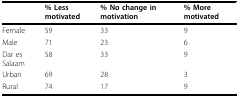
<table><thead><tr><td></td><td><b>% Less motivated</b></td><td><b>% No change in motivation</b></td><td><b>% More motivated</b></td></tr></thead><tbody><tr><td>Female</td><td>59</td><td>33</td><td>9</td></tr><tr><td>Male</td><td>71</td><td>23</td><td>6</td></tr><tr><td>Dar es Salaam</td><td>58</td><td>33</td><td>9</td></tr><tr><td>Urban</td><td>69</td><td>28</td><td>3</td></tr><tr><td>Rural</td><td>74</td><td>17</td><td>9</td></tr></tbody></table>